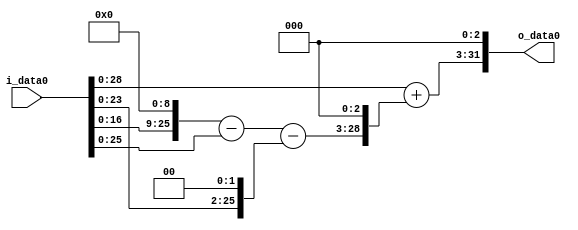
module multiplier_block_59 (
    i_data0,
    o_data0
);
  input   [31:0] i_data0;
  output  [31:0]
    o_data0;
  wire [31:0]
    w1,
    w512,
    w511,
    w4,
    w507,
    w4056,
    w4057,
    w32456;
  assign w1 = i_data0;
  assign w32456 = w4057 << 3;
  assign w4 = w1 << 2;
  assign w4056 = w507 << 3;
  assign w4057 = w1 + w4056;
  assign w507 = w511 - w4;
  assign w511 = w512 - w1;
  assign w512 = w1 << 9;
  assign o_data0 = w32456;
endmodule